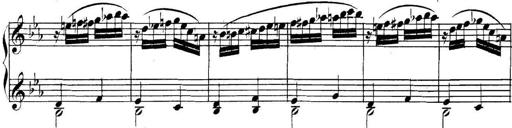
Title: Collected Piano Sonatas
Composer: Muzio Clementi